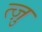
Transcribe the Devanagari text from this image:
त्ज़ु